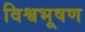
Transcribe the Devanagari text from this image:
विश्वभूषण